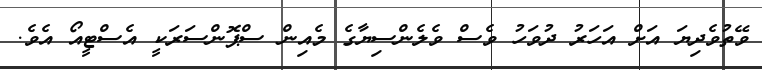
ވޭތުވެދިޔަ އަށް އަހަރު ދުވަހު ވެސް ވެލެންސިޔާގެ މެއިން ސްޕޮންސަރަކީ އެސްޓީއޯ އެވެ.